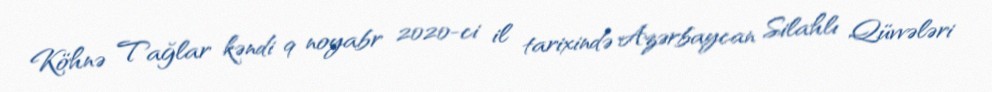
Köhnə Tağlar kəndi 9 noyabr 2020-ci il tarixində Azərbaycan Silahlı Qüvvələri